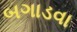
બગાડવા